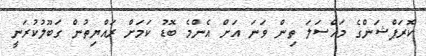
ކޮރަޕްޝަންގެ މައްސަލަ ތިން ވަނަ އަށް އެންމެ ބޮޑު ކަމަށް ރައްޔިތުން ގަބޫލުކުރަނީ